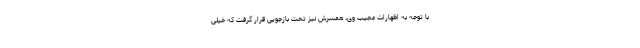
با توجه به اظهارات عجیب وی، همسرش نیز تحت بازجویی قرار گرفت که خیلی